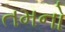
તમનો